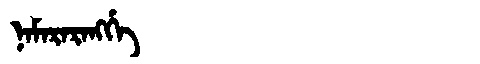
Manchu: ᠨᠠᠮᠠᡵᠠᡵᠠᠩᡤᡝ
Romanization: NAMARARANGGE